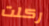
ركلت